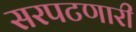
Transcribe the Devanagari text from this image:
सरपटणारी